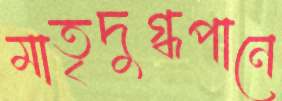
মাতৃদুগ্ধপানে